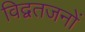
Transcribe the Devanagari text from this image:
विद्वतजनों